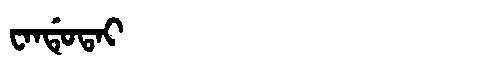
Manchu: ᠸᠠᠨᡩᡠᡨᠠᡳ
Romanization: WANDUTAI